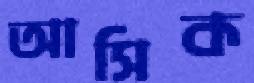
আসিক